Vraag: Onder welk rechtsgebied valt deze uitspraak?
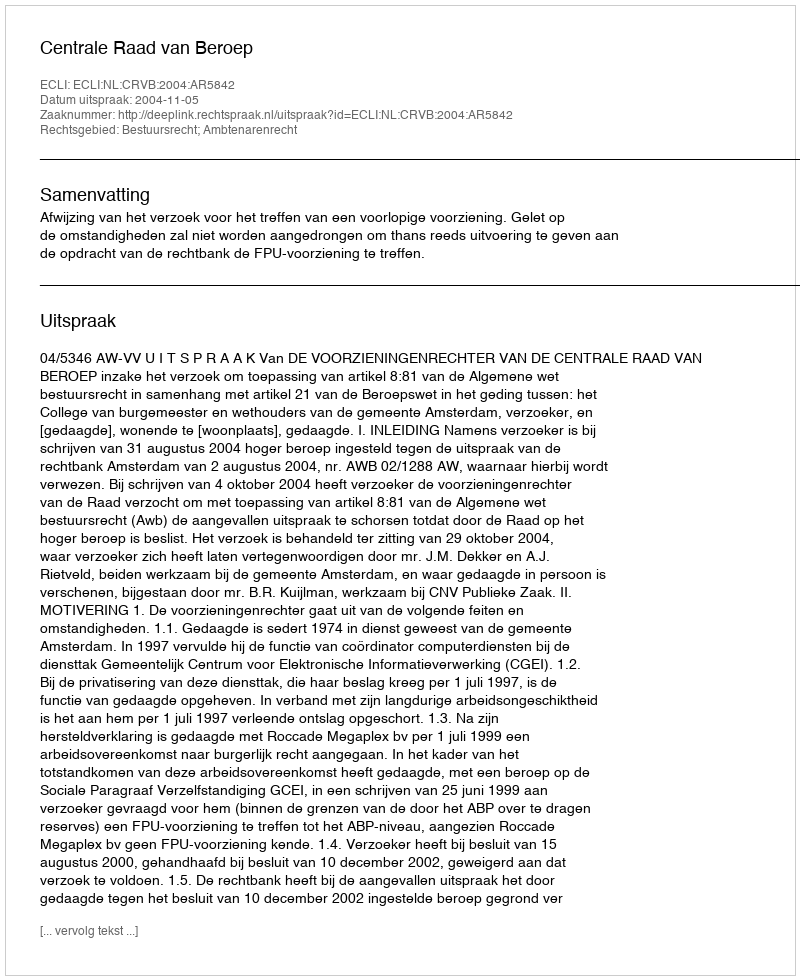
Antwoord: Bestuursrecht; Ambtenarenrecht